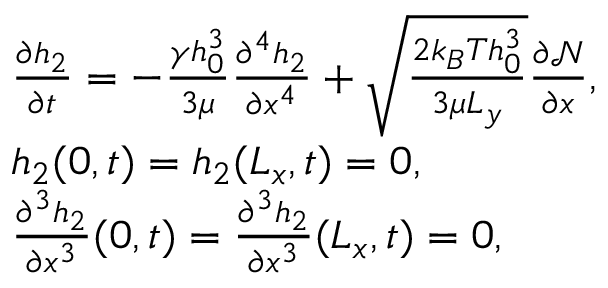
\begin{array} { r l } & { \frac { \partial h _ { 2 } } { \partial t } = - \frac { \gamma h _ { 0 } ^ { 3 } } { 3 \mu } \frac { \partial ^ { 4 } h _ { 2 } } { \partial x ^ { 4 } } + \sqrt { \frac { 2 k _ { B } T h _ { 0 } ^ { 3 } } { 3 \mu L _ { y } } } \frac { \partial \mathcal { N } } { \partial x } , } \\ & { h _ { 2 } ( 0 , t ) = h _ { 2 } ( L _ { x } , t ) = 0 , } \\ & { \frac { \partial ^ { 3 } h _ { 2 } } { \partial x ^ { 3 } } ( 0 , t ) = \frac { \partial ^ { 3 } h _ { 2 } } { \partial x ^ { 3 } } ( L _ { x } , t ) = 0 , } \end{array}